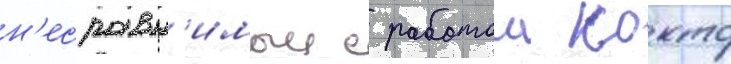
н'есравн'имыи с работои кокто